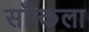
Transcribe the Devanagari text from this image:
साँन्कला